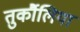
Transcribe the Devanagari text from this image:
तुर्कौलिया